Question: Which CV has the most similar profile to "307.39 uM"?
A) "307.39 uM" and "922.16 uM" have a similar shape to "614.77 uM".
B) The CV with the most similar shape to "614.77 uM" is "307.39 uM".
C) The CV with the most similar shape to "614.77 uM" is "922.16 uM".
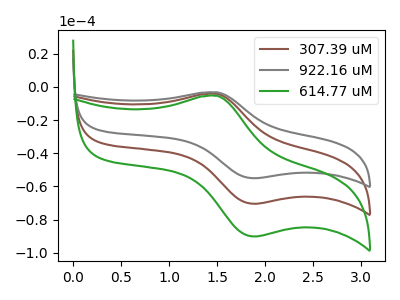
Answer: <think>The brown curve "307.39 uM" has an anodic peak at (1.50V, -4.15uA) and a cathodic peak at (1.90V, -70.40uA). The gray curve "922.16 uM" has an anodic peak at (1.50V, -8.30uA) and a cathodic peak at (1.90V, -140.85uA). The green curve "614.77 uM" has an anodic peak at (1.50V, -5.35uA) and a cathodic peak at (1.90V, -90.10uA).
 All the peaks in "307.39 uM" have a peak in "922.16 uM" at the same potential. All the peaks in "307.39 uM" have a peak in "614.77 uM" at the same potential. All the peaks in "922.16 uM" have a peak in "614.77 uM" at the same potential.</think>
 <answer>A) "307.39 uM" and "922.16 uM" have a similar shape to "614.77 uM".</answer>
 <eval>A</eval>